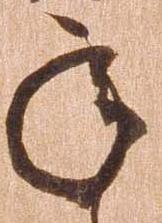
承